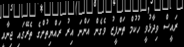
ރައީސް ވިދާޅުވީ ހުކުމް ތަންފީޒު ވެގެން އަންނަ އިރު ރައްޔިތުންގެ ތެރޭގައި ޖިނާއީ